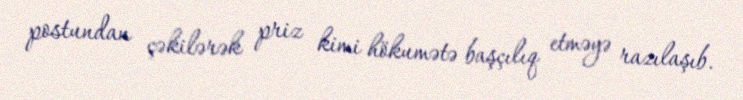
postundan çəkilərək priz kimi hökumətə başçılıq etməyə razılaşıb.